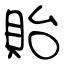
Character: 貽